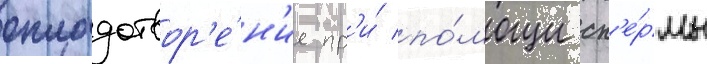
оплодотвор'е́н'ие пр'и́ по́мощи сп'е́рмы